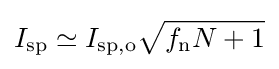
I_{\text{sp}}\simeq I_{\text{sp,o}}{\sqrt {f_{\text{n}}N+1}}